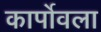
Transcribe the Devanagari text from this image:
कार्पोवला